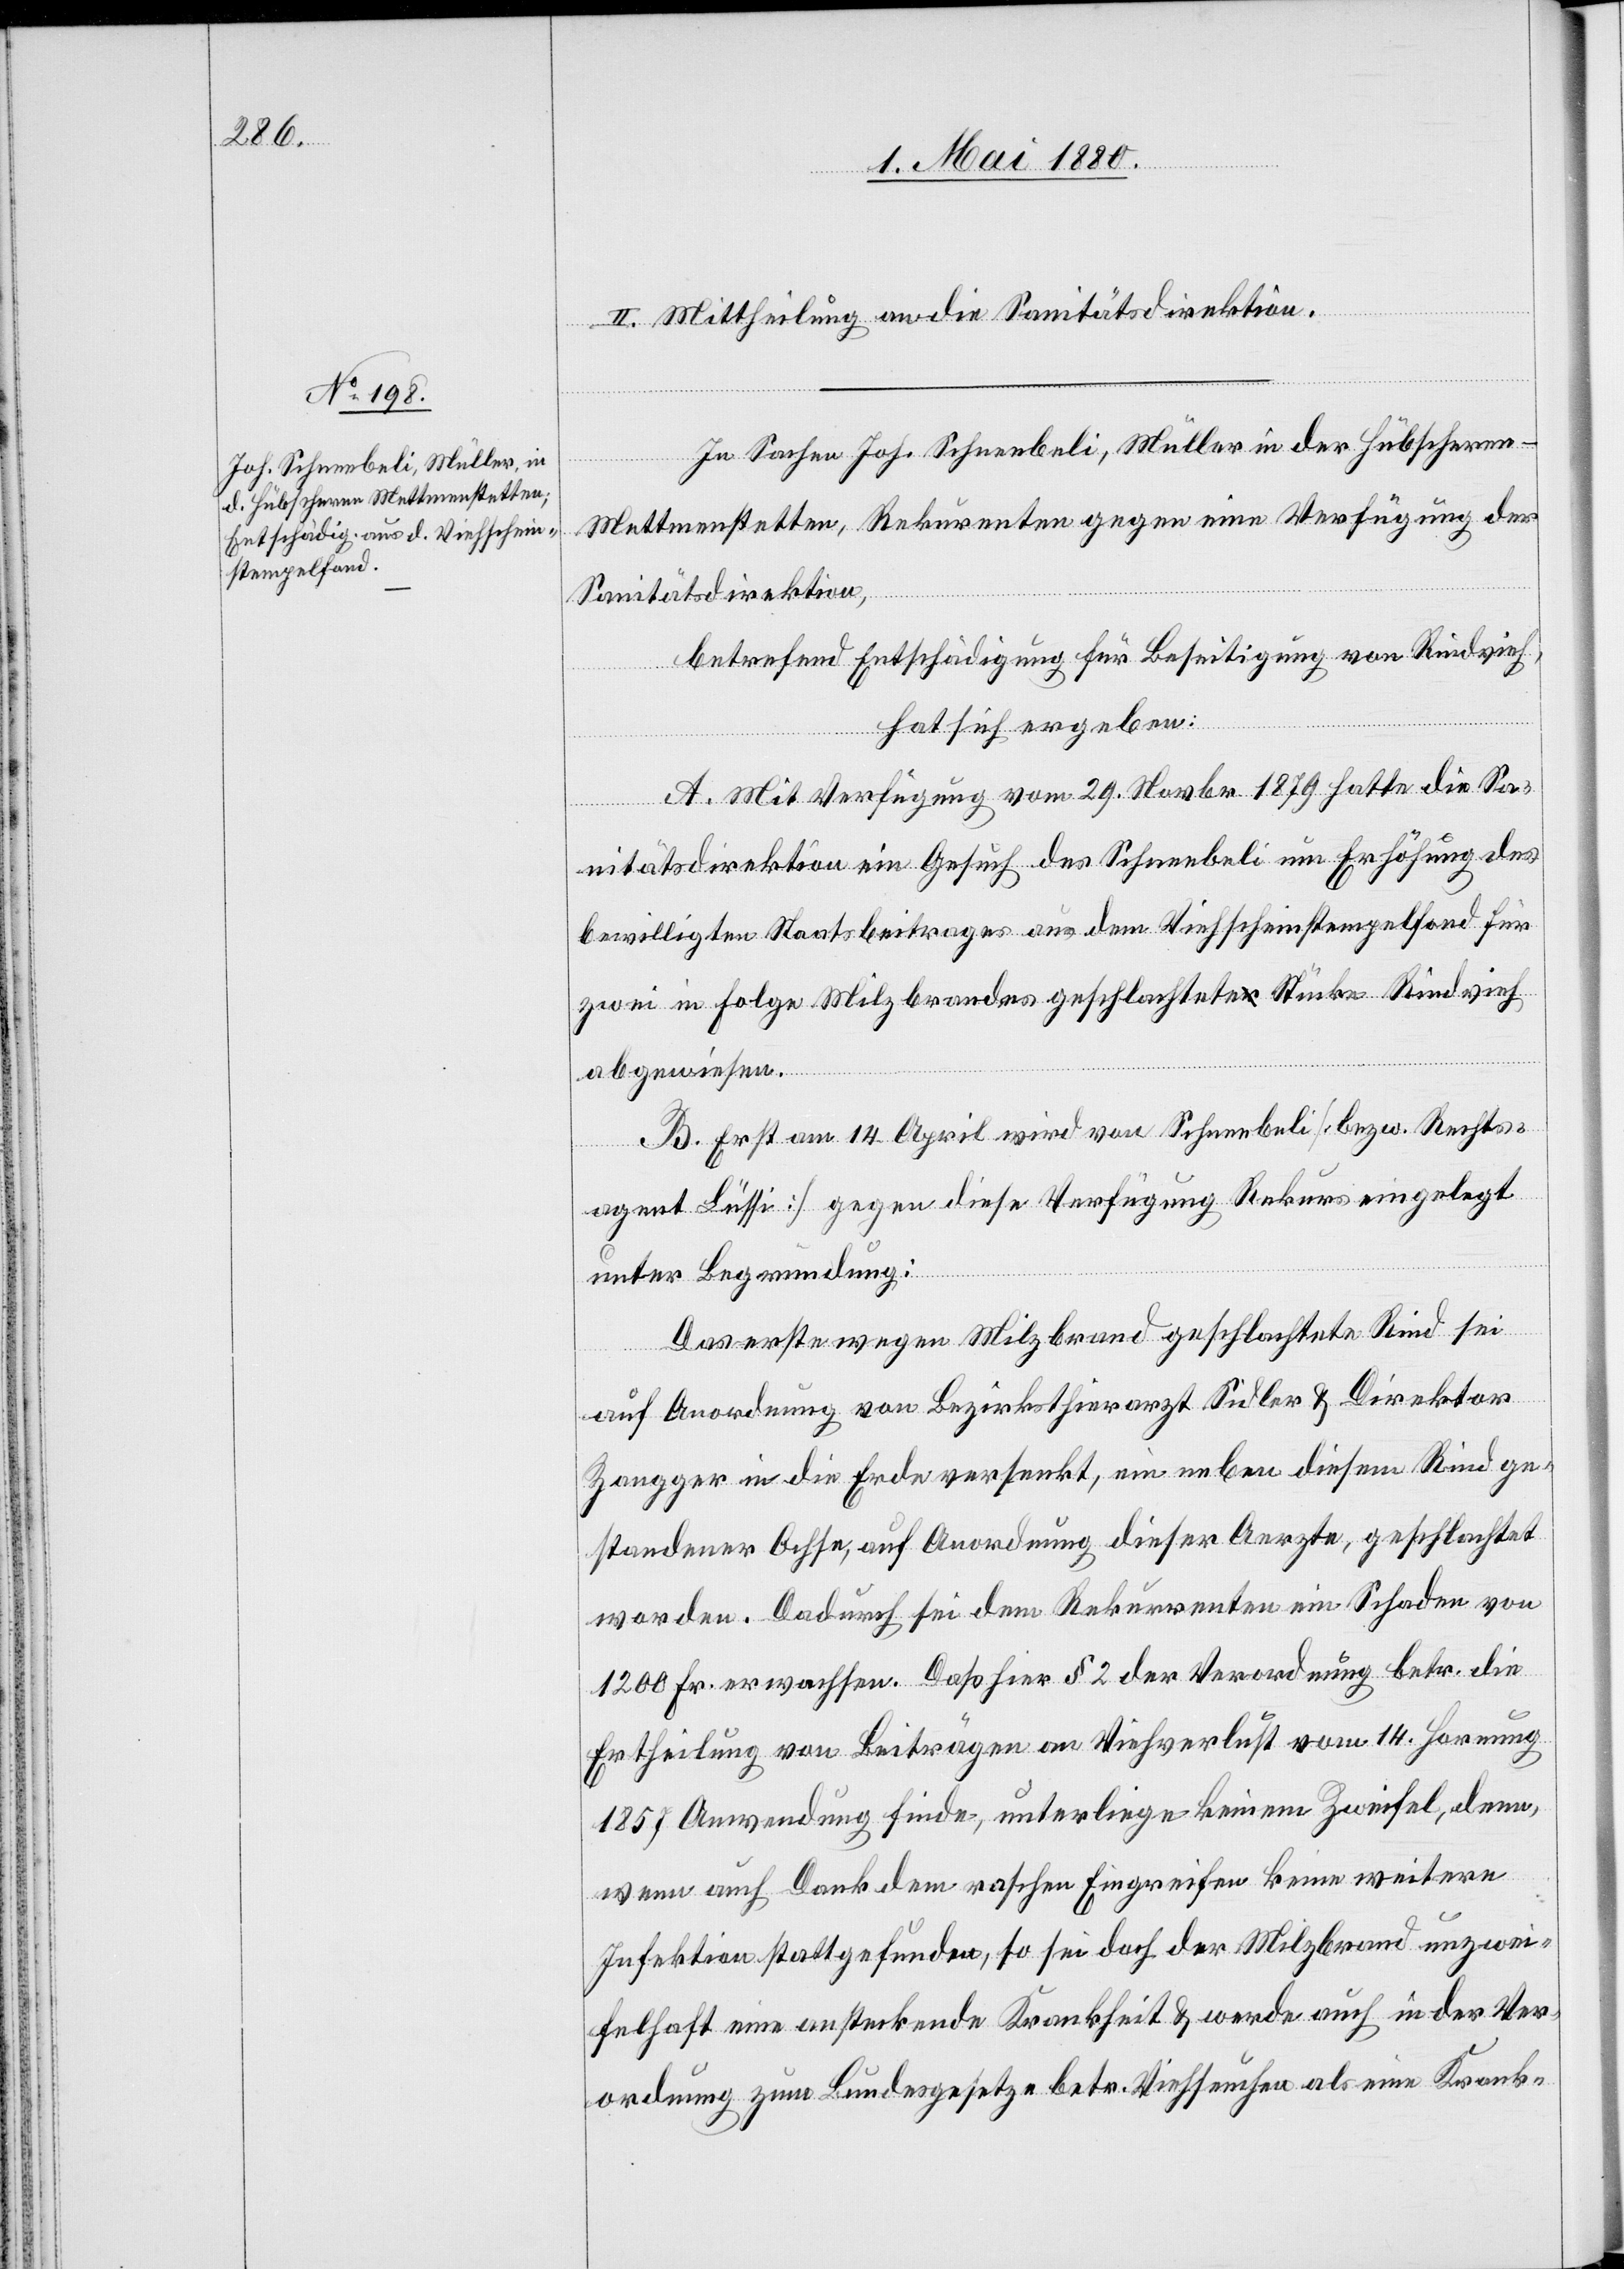
II. Mittheilung an die Sanitätsdirektion.
In Sachen Joh. Schneebeli, Müller in der Hübschern
Mettmenstetten, Rekurrenten gegen eine Verfügung der
Sanitätsdirektion,
betref[f]end Entschädigung für Beseitigung von Rindvieh,
hat sich ergeben:
A. Mit Verfügung vom 29. Novbr. 1879 hatte die Sa¬
nitätsdirektion ein Gesuch des Schneebeli um Erhöhung des
bewilligten Staatsbeitrages aus dem Viehscheinstempelfond für
zwei in Folge Milzbrandes geschlachtete Stücke Rindvieh
abgewiesen.
B. Erst am 14. April wird von Schneebeli [bezw. Rechts¬
agent Lüssi] gegen diese Verfügung Rekurs eingelegt
unter Begründung:
Das erste wegen Milzbrand geschlachtete Rind sei
auf Anordnung von Bezirksthierarzt Sidler & Direktor
Zangger in die Erde versenkt, ein neben diesem Rind ge¬
standener Ochse, auf Anordnung dieser Aerzte, geschlachtet
worden. Dadurch sei dem Rekurrenten ein Schaden von
1200 Fr. erwachsen. Daß hier § 2 der Verordnung betr. die
Ertheilung von Beiträgen an Viehverlust vom 14. Hornung
1857 Anwendung finde, unterliege keinem Zweifel, denn,
wenn auch Dank dem raschen Eingreifen keine weitere
Infektion stattgefunden, so sei doch der Milzbrand unzwei¬
felhaft eine ansteckende Krankheit & werde auch in der Ver¬
ordnung zum Bundesgesetz betr. Viehseuchen als eine Krank-